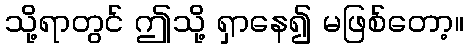
သို့ရာတွင် ဤသို့ ရှာနေ၍ မဖြစ်တော့။